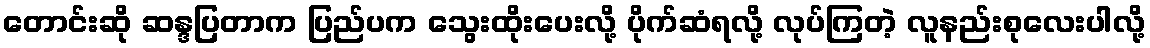
တောင်းဆို ဆန္ဒပြတာက ပြည်ပက သွေးထိုးပေးလို့ ပိုက်ဆံရလို့ လုပ်ကြတဲ့ လူနည်းစုလေးပါလို့